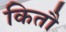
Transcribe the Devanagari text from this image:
कितौ